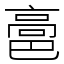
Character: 䯩